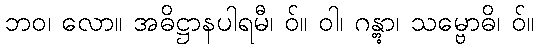
ဘဝ၊ လော။ အဓိဋ္ဌာနပါရမီ၊ ဝ်။ ဝါ၊ ဂန္တွာ၊ သမ္ဗောဓိ၊ ဝ်။